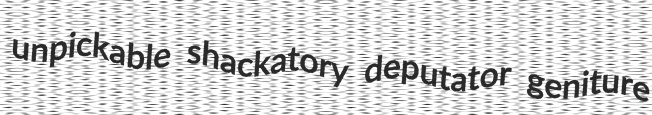
unpickable shackatory deputator geniture